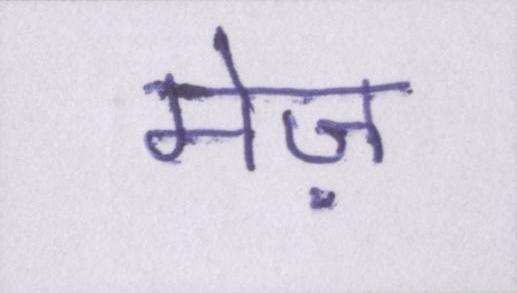
मेज़